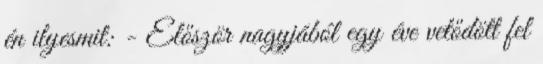
én ilyesmit: - Először nagyjából egy éve vetődött fel